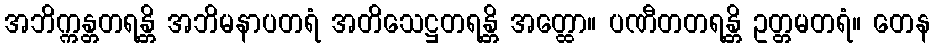
အဘိက္ကန္တတရန္တိ အဘိမနာပတရံ အတိသေဋ္ဌတရန္တိ အတ္ထော။ ပဏီတတရန္တိ ဥတ္တမတရံ။ တေန